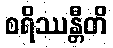
စရိဿန္တီတိ